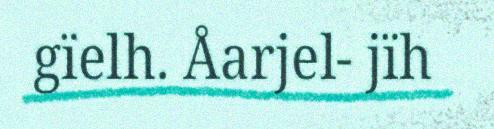
gïelh. Åarjel- jïh